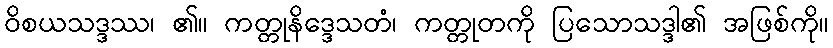
ဝိစယသဒ္ဒဿ၊ ၏။ ကတ္တုနိဒ္ဒေသတံ၊ ကတ္တုတကို ပြသောသဒ္ဒါ၏ အဖြစ်ကို။